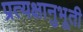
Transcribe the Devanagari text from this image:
प्रत्यक्षानुभूती